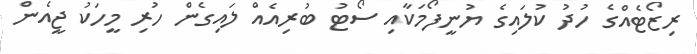
ރިޒޯޓެއްގެ ހުދު ކުލައިގެ ޔުނީފޯމަކާއި ސޯޓު ބުރިއެއް ލައިގެން ހުރި މީހަކު ޖީއެން